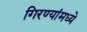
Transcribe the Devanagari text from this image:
गिरण्यांमध्ये